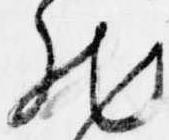
然